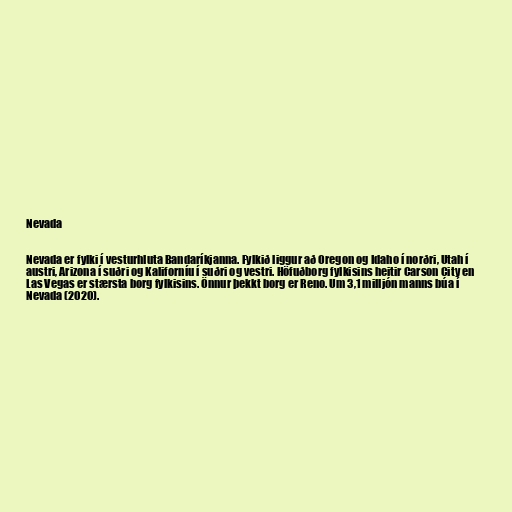
Nevada

Nevada er fylki í vesturhluta Bandaríkjanna. Fylkið liggur að Oregon og Idaho í norðri, Utah í
austri, Arizona í suðri og Kaliforníu í suðri og vestri. Höfuðborg fylkisins heitir Carson City en
Las Vegas er stærsta borg fylkisins. Önnur þekkt borg er Reno. Um 3,1 milljón manns búa í
Nevada (2020).